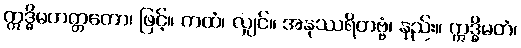
ဣဒ္ဓိမဟတ္တတော၊ ဖြင့်။ ကထံ၊ လျှင်။ အနုဿရိတဗ္ဗံ၊ နည်း။ ဣဒ္ဓိမတံ၊